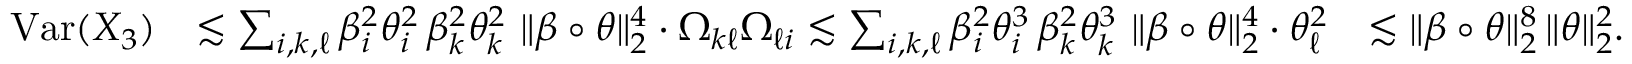
\begin{array} { r l r } { \mathrm { V a r } ( X _ { 3 } ) } & { \lesssim \sum _ { i , k , \ell } \beta _ { i } ^ { 2 } \theta _ { i } ^ { 2 } \, \beta _ { k } ^ { 2 } \theta _ { k } ^ { 2 } \, \, \| \beta \circ \theta \| _ { 2 } ^ { 4 } \cdot \Omega _ { k \ell } \Omega _ { \ell i } \lesssim \sum _ { i , k , \ell } \beta _ { i } ^ { 2 } \theta _ { i } ^ { 3 } \, \beta _ { k } ^ { 2 } \theta _ { k } ^ { 3 } \, \, \| \beta \circ \theta \| _ { 2 } ^ { 4 } \cdot \theta _ { \ell } ^ { 2 } } & { \lesssim \| \beta \circ \theta \| _ { 2 } ^ { 8 } \, \| \theta \| _ { 2 } ^ { 2 } . } \end{array}